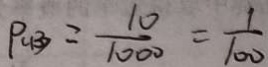
P _ { ( B ) } = \frac { 1 0 } { 1 0 0 0 } = \frac { 1 } { 1 0 0 }